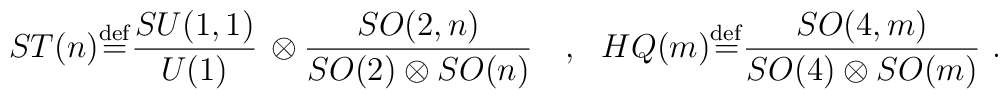
ST(n) {\stackrel{\rm def}{=}} {{SU(1,1)}\over{U(1)}}\, \otimes {{SO(2,n)}\over{SO(2)\otimes SO(n)}}\ \ \ ,\ \ HQ(m ) {\stackrel{\rm def}{=}}{{SO(4,m)}\over{SO(4)\otimes SO(m)}}\ .